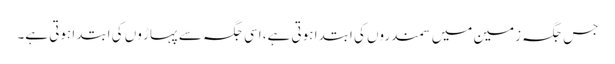
جس جگہ زمین میں سمندروں کی ابتدا ہوتی ہے، اسی جگہ سے پہاڑ وں کی ابتدا ہوتی ہے۔